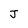
Character: J